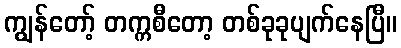
ကျွန်တော့် တက္ကစီတော့ တစ်ခုခုပျက်နေပြီ။